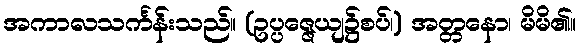
အကာလသင်္ကန်းသည်။ (ဥပ္ပဇ္ဇေယျ၌စပ်၊) အတ္တနော၊ မိမိ၏။